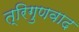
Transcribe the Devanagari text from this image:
त्रिगुणवाद